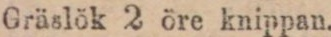
Gräslök 2 öre knippan.